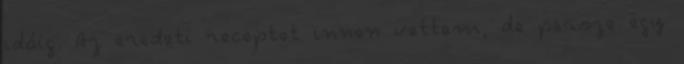
idáig. Az eredeti receptet innen vettem, de persze egy